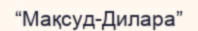
“Мақсуд-Дилара”